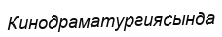
Кинодраматургиясында